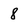
Character: 8